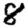
Digit: 8